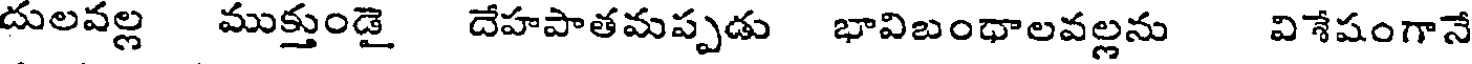
దులవల్ల ముక్తుండై దేహపాతమప్పడు భావిబంధాలవల్లను విశేషంగానే